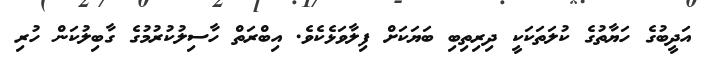
އަދީބުގެ ހަޔާތުގެ ކުލަތަކަކީ ދިރިތިބި ބަޔަކަށް ފިލާވަޅެކެވެ. އިބްރަތް ހާސިލުކުރުމުގެ ގާބިލުކަން ހުރި